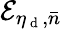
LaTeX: \mathcal{E}_{\eta_{\mathrm{~d~}},\bar{n}}